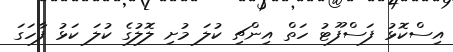
އިސްކޮޅު ފަސްފޫޓު ހަތް އިންޗި ކުލަ މުށި ލޮލުގެ ކުލަ ކަޅު ފާހަގަ